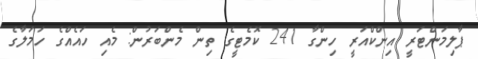
ޕާލިމަންޓަރީ އިންކްއަރީ ހިންގާ 241 ކޮމެޓީގެ ތިން މެންބަރުން: މެއި ހައެއްގެ ހަމަލާގެ